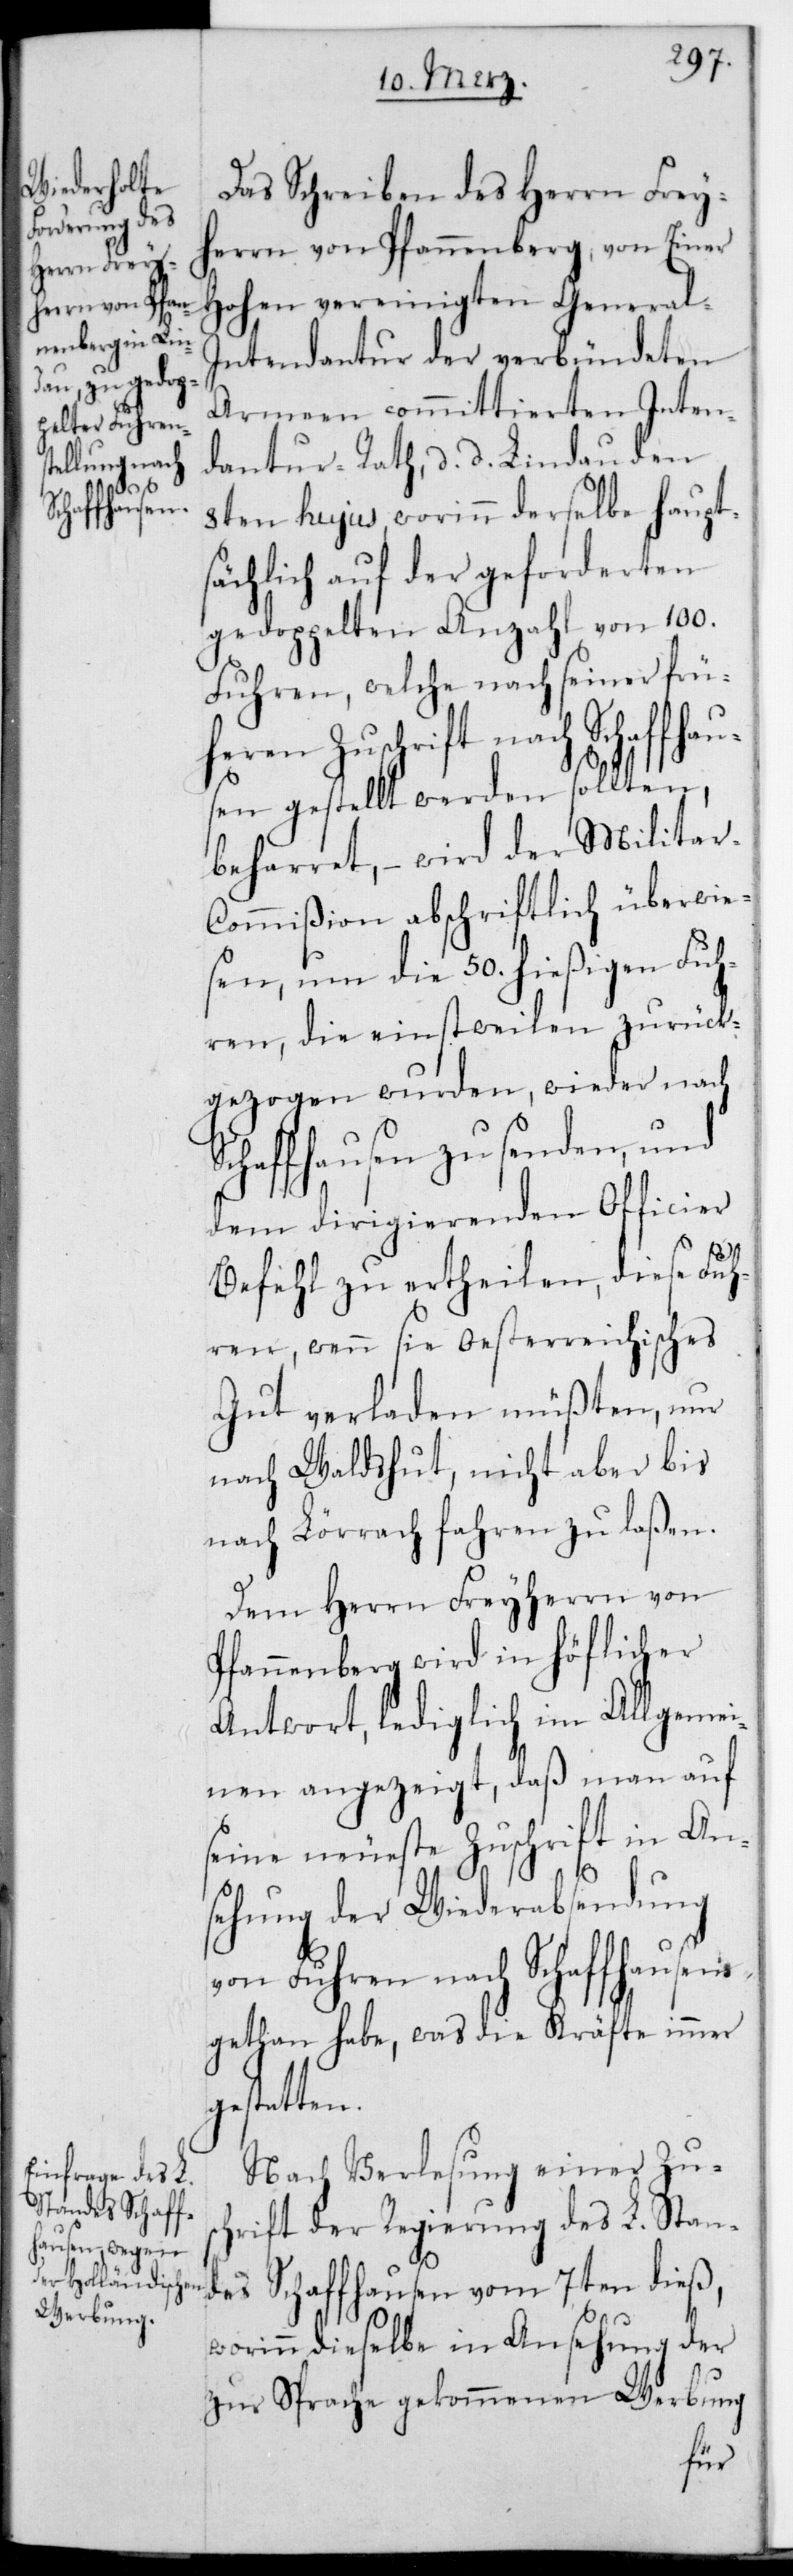
Das Schreiben des Herrn Frey¬
herrn von Pfannenberg, von einer
Hohen vereinigten General-I¬
ntendantur der verbündeten
Armeen committierten Inten¬
dantur-Rath, d. d. Lindau den
8ten hujus, worinn derselbe haupt¬
sächlich auf der gefordereten
gedoppelten Anzahl von 100.
Fuhren, welche nach seiner frü¬
heren Zuschrift nach Schaffha¬
usen gestellt werden sollten,
beharret, – wird der Militar-C¬
ommißion abschriftlich überwie¬
sen, um die 50. hießigen Fuh¬
ren, die einstweilen zurück¬
gezogen wurden, wieder nach
Schaffhausen zu senden, und
dem dirigierenden Officier
Befehl zu ertheilen, diese Fuh¬
ren, wenn sie oesterreichisches
Gut verladen müßten, nur
nach Waldshut, nicht aber bis
nach Lörrach fahren zu laßen.
Dem Herrn Freiherrn von
Pfannenberg wird in höflicher
Antwort, lediglich im Allgemei¬
nen angezeigt, daß man auf
seine neueste Zuschrift in An¬
sehung der Wiederabsendung
von Fuhren nach Schaffhausen
gethan habe, was die Kräfte immer
Nach Verlesung einer Zusc¬
hrift der Regierung des L. Stan¬
des Schaffhausen vom 7ten dieß,
worinn dieselbe in Ansehung der
zur Sprache gekommenen Werbung